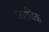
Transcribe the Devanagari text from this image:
ज्यायिक